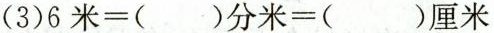
( 3 ) $$6米=( ) 分米=( ) 厘米$$